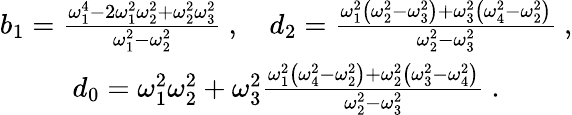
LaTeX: \begin{array}{c}{b_{1}=\frac{\omega_{1}^{4}-2\omega_{1}^{2}\omega_{2}^{2}+\omega_{2}^{2}\omega_{3}^{2}}{\omega_{1}^{2}-\omega_{2}^{2}}\ ,\quad d_{2}=\frac{\omega_{1}^{2}\left(\omega_{2}^{2}-\omega_{3}^{2}\right)+\omega_{3}^{2}\left(\omega_{4}^{2}-\omega_{2}^{2}\right)}{\omega_{2}^{2}-\omega_{3}^{2}}\ ,}\\ {d_{0}=\omega_{1}^{2}\omega_{2}^{2}+\omega_{3}^{2}\frac{\omega_{1}^{2}\left(\omega_{4}^{2}-\omega_{2}^{2}\right)+\omega_{2}^{2}\left(\omega_{3}^{2}-\omega_{4}^{2}\right)}{\omega_{2}^{2}-\omega_{3}^{2}}\ .}\end{array}